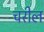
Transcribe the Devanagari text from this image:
चरील